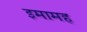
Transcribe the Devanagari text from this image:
इमामह